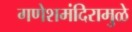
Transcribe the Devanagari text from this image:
गणेशमंदिरामुळे